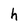
Character: h